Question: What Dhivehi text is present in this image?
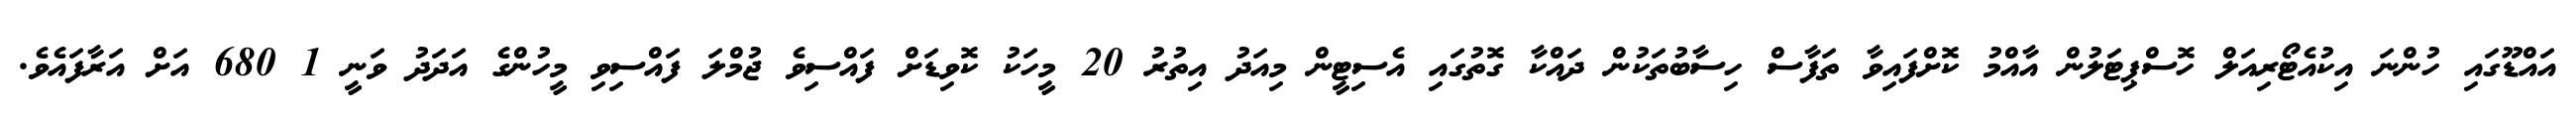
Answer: އައްޑޫގައި ހުންނަ އިކުއެޓޯރިއަލް ހޮސްޕިޓަލުން އާއްމު ކޮށްފައިވާ ތަފާސް ހިސާބުތަކުން ދައްކާ ގޮތުގައި އެސިޓީން މިއަދު އިތުރު 20 މީހަކު ކޮވިޑަށް ފައްސިވެ ޖުމްލަ ފައްސިވި މީހުންގެ އަދަދު ވަނީ 1 680 އަށް އަރާފައެވެ.